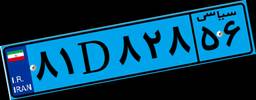
۷۲D۷۳۲۹۷